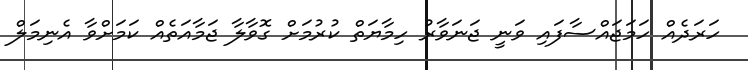
ހަރަދެއް ހަމަޖައްސާފައި ވަނީ ޖަނަވާރު ހިމާޔަތް ކުރުމަށް ގޮވާލާ ޖަމާއަތެއް ކަމަށްވާ އެނިމަލް